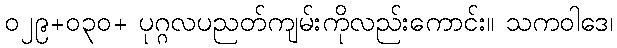
၀၂၉+၀၃၀+ ပုဂ္ဂလပညတ်ကျမ်းကိုလည်းကောင်း။ သကဝါဒေ၊